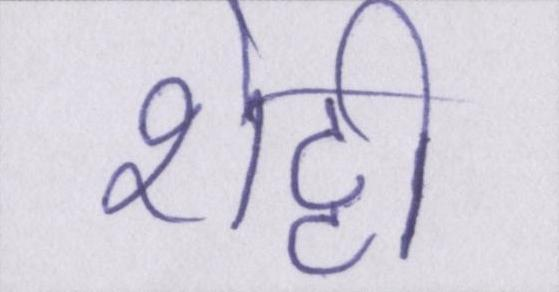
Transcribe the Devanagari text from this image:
शेट्टी